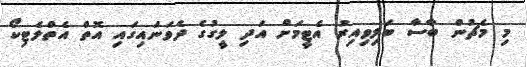
މި މެޗުން ބާސާ ބަލިވިއިރު އެޓީމަށް އަދި ލީގުގެ ދެވަނައިގައި އޮތް އެތްލެޓިކޯ